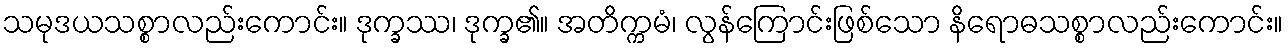
သမုဒယသစ္စာလည်းကောင်း။ ဒုက္ခဿ၊ ဒုက္ခ၏။ အတိက္ကမံ၊ လွန်ကြောင်းဖြစ်သော နိရောဓသစ္စာလည်းကောင်း။